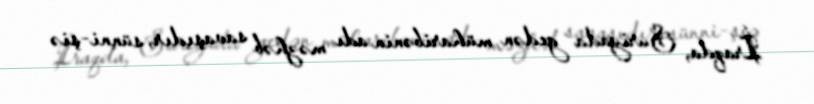
İraqda, Suriyada gedən müharibənin adı məzhəb savaşıdır, sünni-şiə